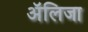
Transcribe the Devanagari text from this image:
अॅलिजा